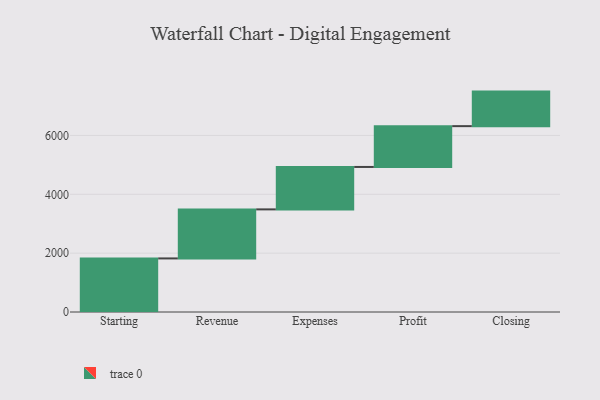
{"axis": {"x": "Step", "y": "Value"}, "legend": [""], "data": [{"x": "Starting", "y": 1821.0, "type": ""}, {"x": "Revenue", "y": 1667.0, "type": ""}, {"x": "Expenses", "y": 1442.0, "type": ""}, {"x": "Profit", "y": 1387.0, "type": ""}, {"x": "Closing", "y": 1174.0, "type": ""}]}